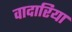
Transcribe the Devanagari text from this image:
वादारिया